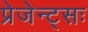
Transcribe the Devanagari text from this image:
प्रेजेन्ट्सः